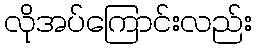
လိုအပ်ကြောင်းလည်း